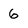
Character: 6